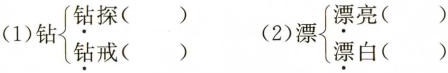
(1)钻$$\left\{\begin{matrix}\underset{·}{钻}探()\\\underset{·}{钻}戒()\end{matrix}\right.$$(2)漂$$\left\{\begin{matrix}\underset{·}{漂}亮()\\\underset{·}{漂}白()\end{matrix}\right.$$